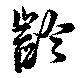
齡